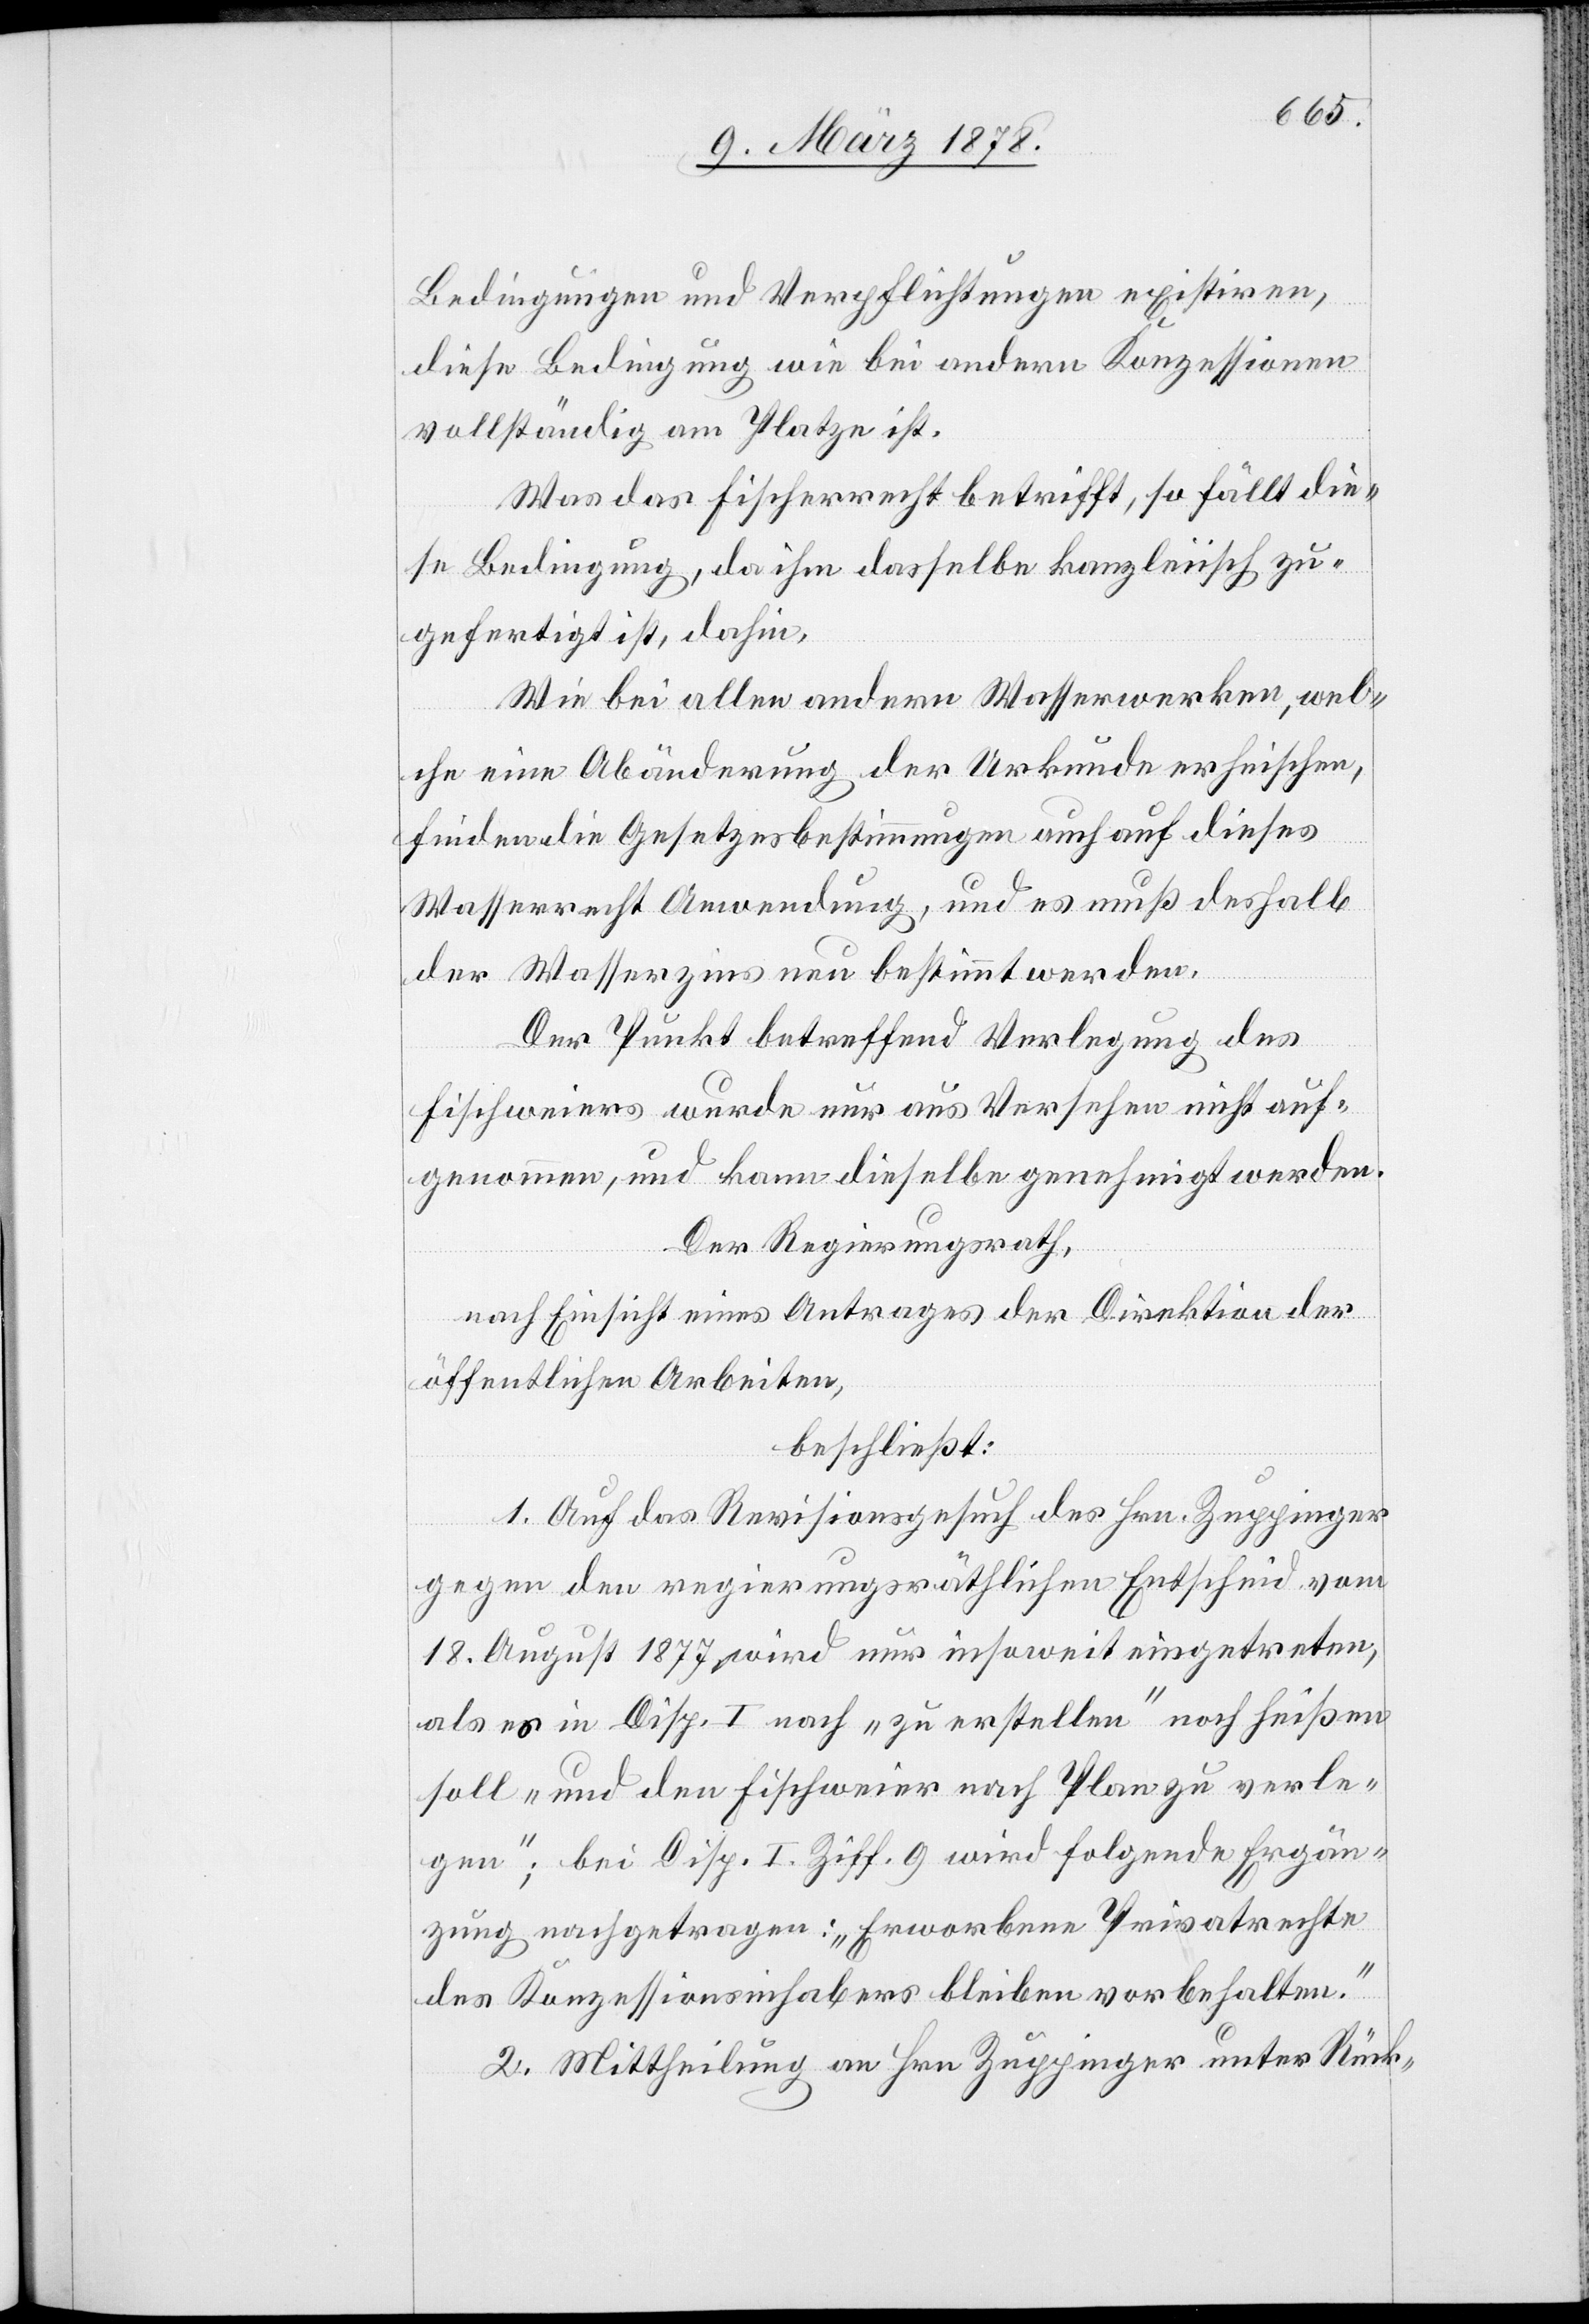
Bedingungen und Verpflichtungen existiren,
diese Bedingung wie bei andern Konzessionen
vollständig am Platze ist.
Was das Fischerrecht betrifft, so fällt die¬
se Bedingung, da ihm dasselbe kanzleiisch zu
gefertigt ist, dahin.
Wie bei allen andern Wasserwerken, wel¬
che eine Abänderung der Urkunde erheischen,
finden die Gesetzesbestimmungen auch auf dieses
Wasserrecht Anwendung, und es muß deshalb
der Wasserzins neu bestimmt werden.
Der Punkt betreffend Verlegung des
Fischweiers wurde nur aus Versehen nicht auf¬
genommen, und kann dieselbe genehmigt werden.
Der Regierungsrath,
nach Einsicht eines Antrages der Direktion der
öffentlichen Arbeiten,
beschließt:
1. Auf das Revisionsgesuch des Hrn. Zuppinger
gegen den regierungsräthlichen Entscheid vom
18. August 1877 wird nur insoweit eingetreten,
als es in Disp. I nach „zu erstellen“ noch heißen
soll „und den Fischweier nach Plan zu verle¬
gen“; bei Disp. I. Ziff. 9 wird folgende Ergän¬
zung nachgetragen: „Erworbene Privatrechte
des Konzessionsinhabers bleiben vorbehalten.“
2. Mittheilung an Hrn. Zuppinger unter Rück-